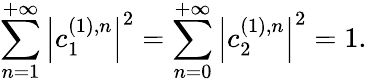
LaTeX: \sum_{n=1}^{+\infty}\left|c_{1}^{(1),n}\right|^{2}=\sum_{n=0}^{+\infty}\left|c_{2}^{(1),n}\right|^{2}=1.